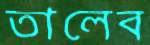
তালেব